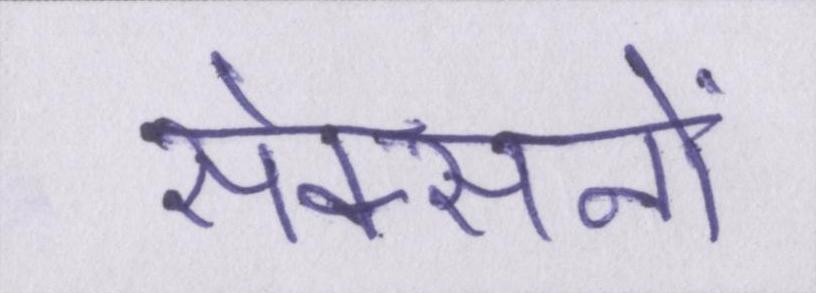
सेक्सनों